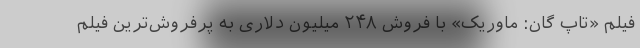
فیلم «تاپ گان: ماوریک» با فروش ۲۴۸ میلیون دلاری به پرفروش‌ترین فیلم